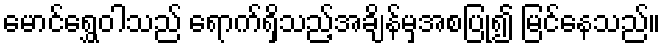
မောင်ရွှေဝါသည် ရောက်ရှိသည့်အချိန်မှအစပြု၍ မြင်နေသည်။